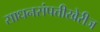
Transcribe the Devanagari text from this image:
साधनसंपत्तीखेरीज